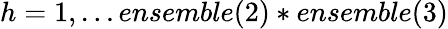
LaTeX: h=1,\ldots ensemble(2)*ensemble(3)